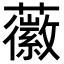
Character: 𧃸